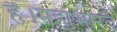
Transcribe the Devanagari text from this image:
है।महाभारत